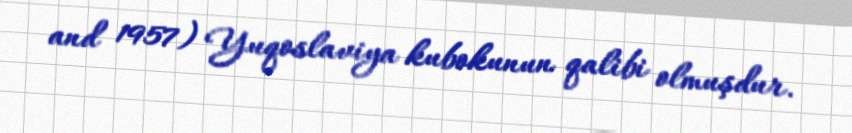
and 1957) Yuqoslaviya kubokunun qalibi olmuşdur.